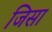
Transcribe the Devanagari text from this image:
जिसा